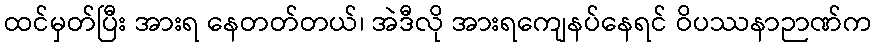
ထင်မှတ်ပြီး အားရ နေတတ်တယ်၊ အဲဒီလို အားရကျေနပ်နေရင် ဝိပဿနာဉာဏ်က